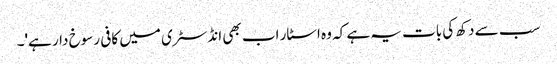
سب سے دکھ کی بات یہ ہے کہ وہ اسٹار اب بھی انڈسٹری میں کافی رسوخ دار ہے'۔